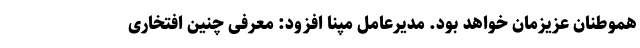
هموطنان عزیزمان خواهد بود. مدیرعامل مپنا افزود: معرفی چنین افتخاری